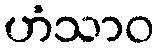
ဟံသာဝ